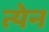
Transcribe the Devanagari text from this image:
त्येन